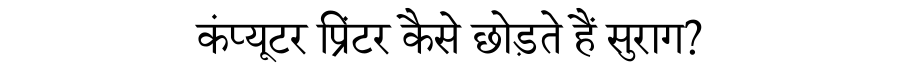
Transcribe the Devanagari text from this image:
कंप्यूटर प्रिंटर कैसे छोड़ते हैं सुराग?